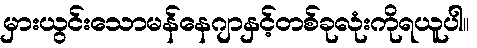
မှားယွင်းသောမန်နေဂျာနှင့်တစ်ခုလုံးကိုရယူပါ။